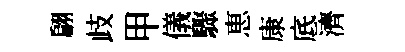
翩歧甲儀驟恵康底濟